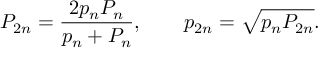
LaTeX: P _ { 2 n } = { \frac { 2 p _ { n } P _ { n } } { p _ { n } + P _ { n } } } , \quad \quad p _ { 2 n } = { \sqrt { p _ { n } P _ { 2 n } } } .